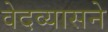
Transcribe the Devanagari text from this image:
वेदव्यासने